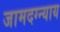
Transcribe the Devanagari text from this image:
जामदग्न्याय